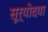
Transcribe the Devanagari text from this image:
सूर्योदया